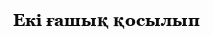
Екі ғашық қосылып